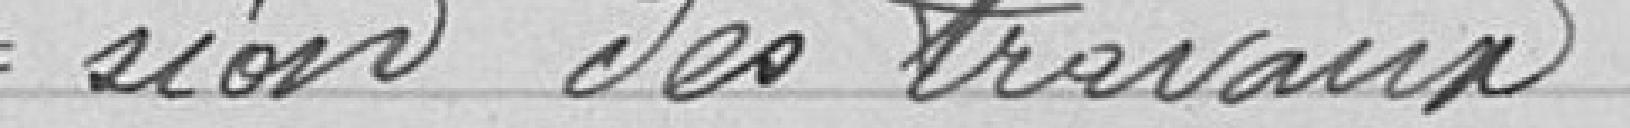
= sion des travaux .